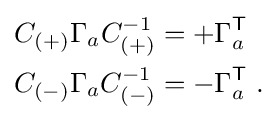
{\begin{aligned}C_{(+)}\Gamma _{a}C_{(+)}^{-1}&=+\Gamma _{a}^{\textsf {T}}\\C_{(-)}\Gamma _{a}C_{(-)}^{-1}&=-\Gamma _{a}^{\textsf {T}}~.\end{aligned}}